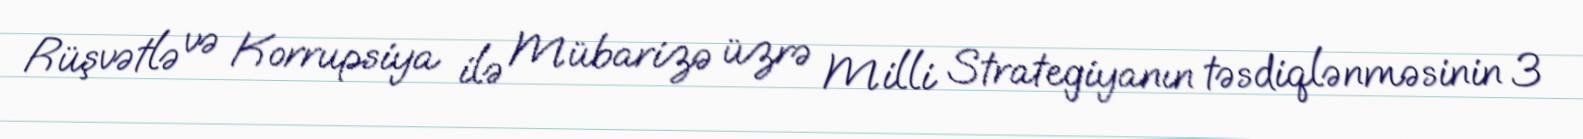
Rüşvətlə və Korrupsiya ilə Mübarizə üzrə Milli Strategiyanın təsdiqlənməsinin 3